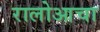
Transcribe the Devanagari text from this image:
रालोआचा